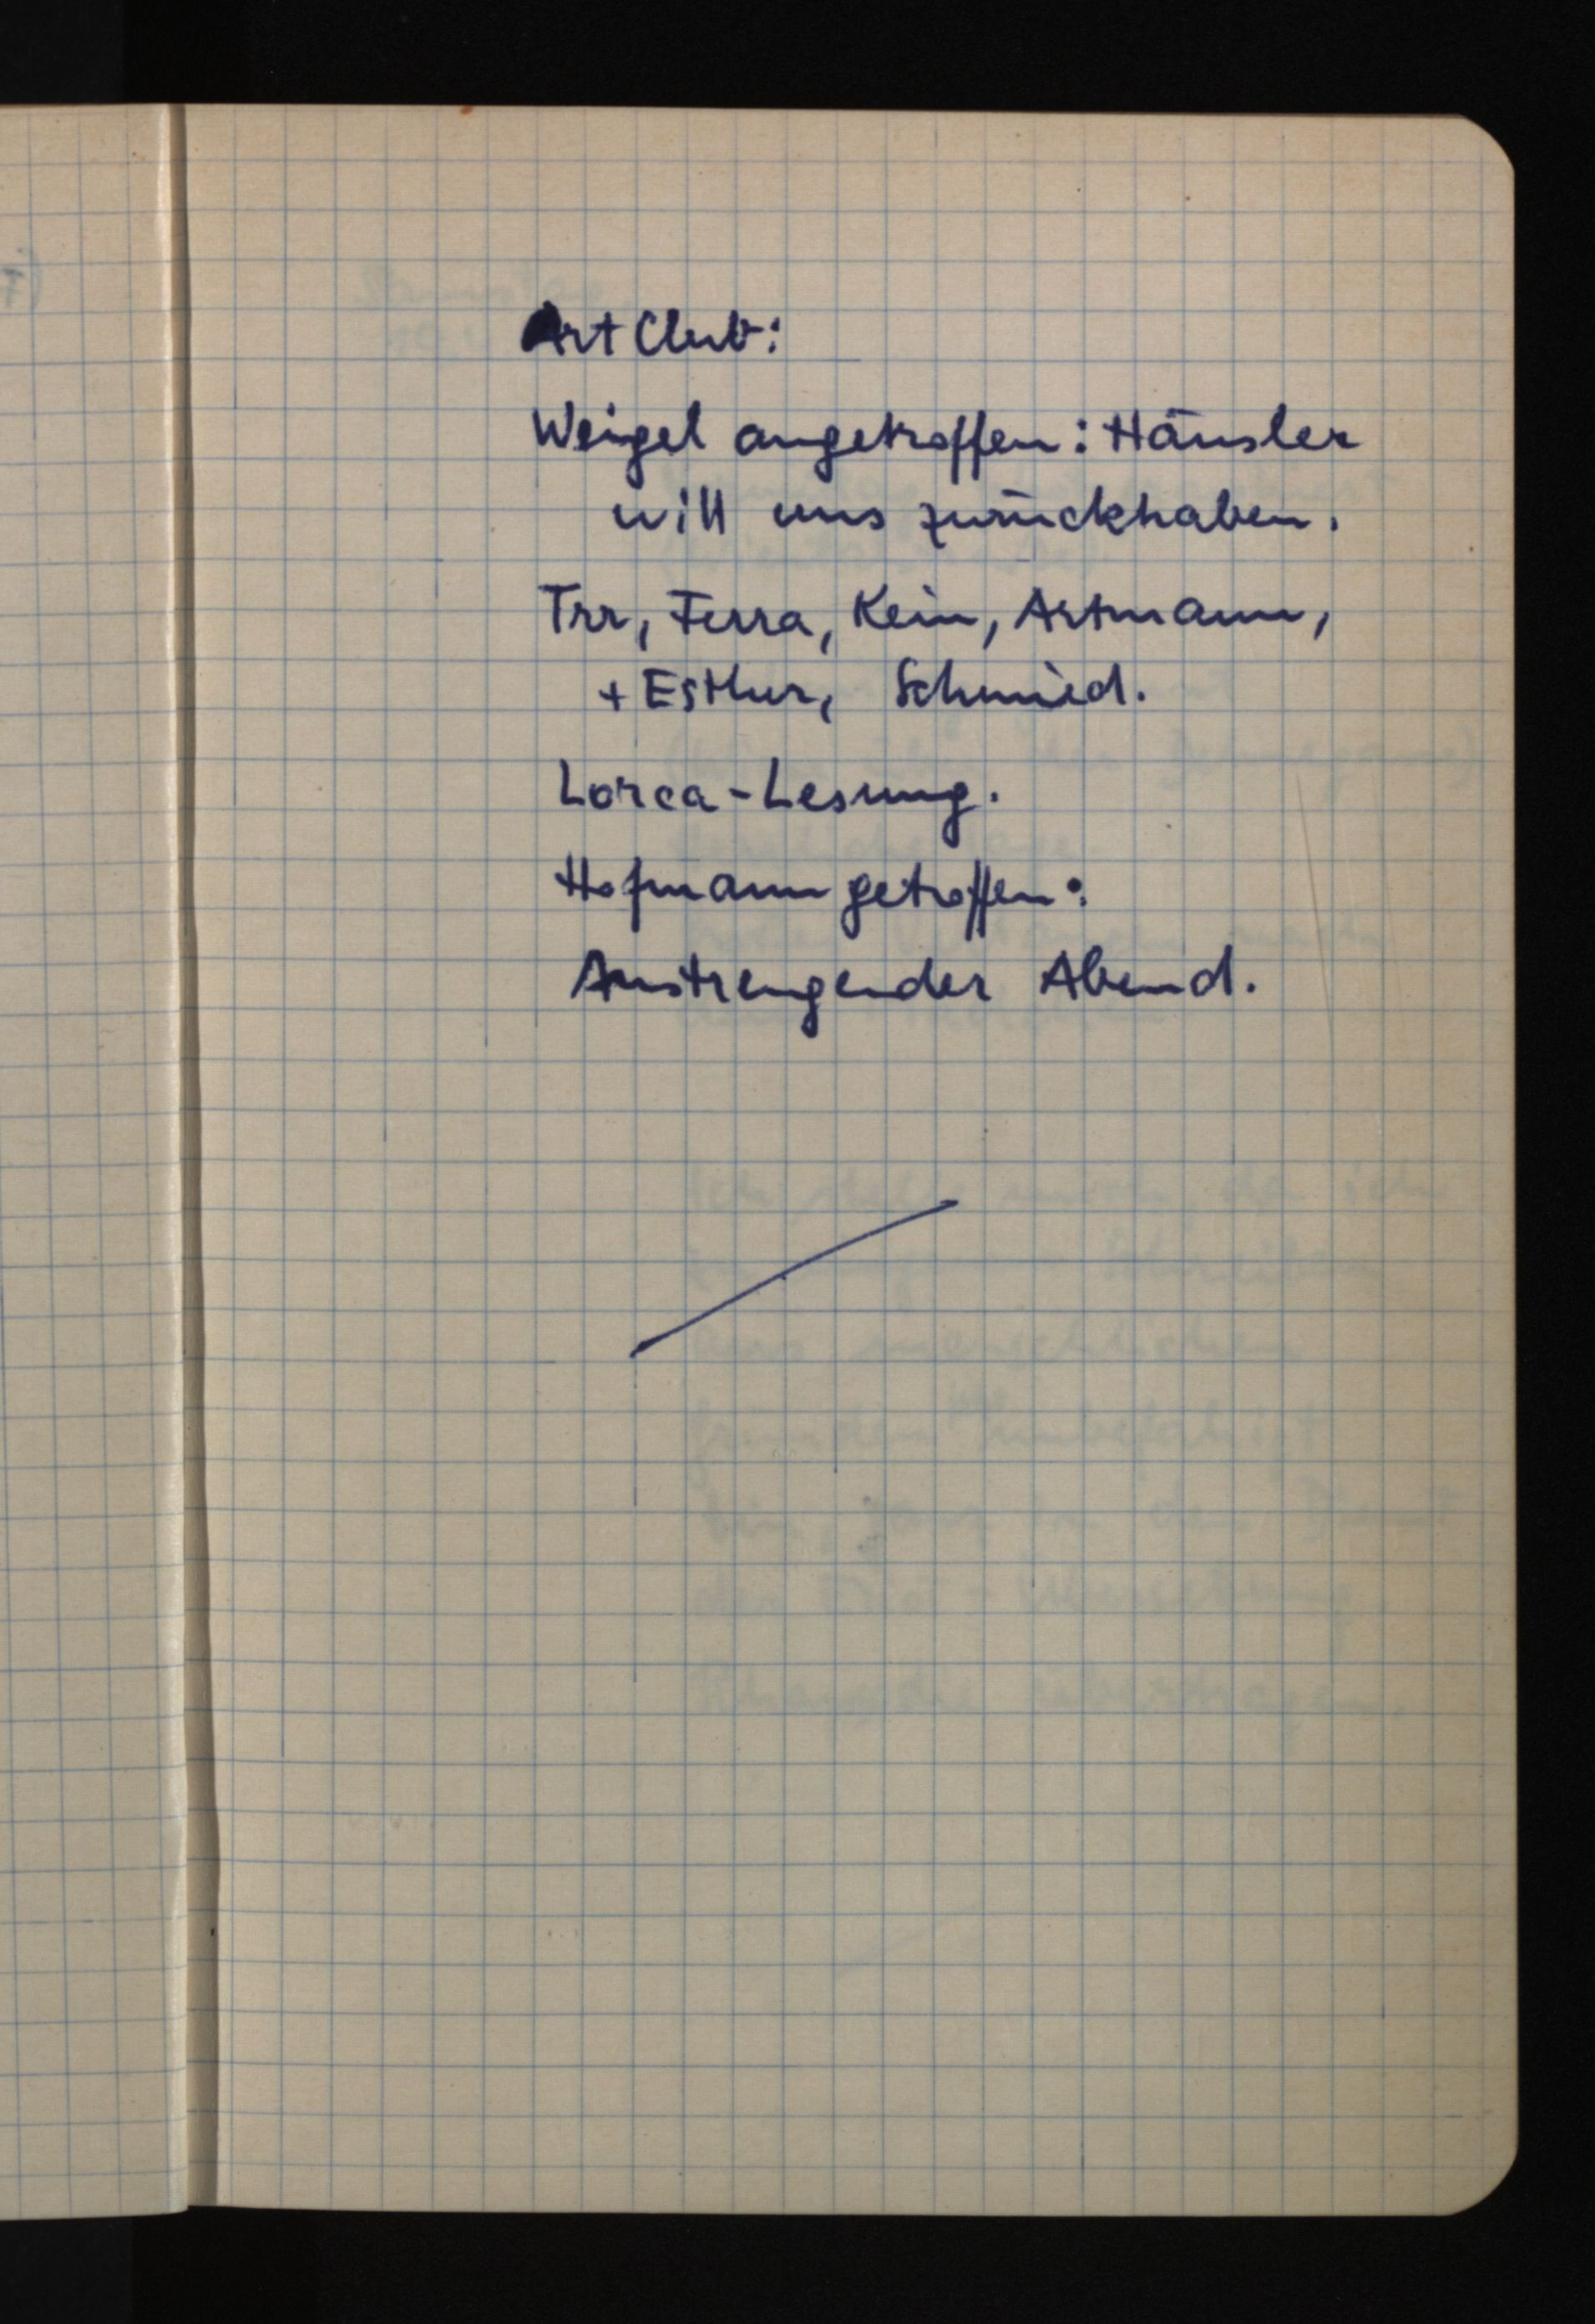
Art Club:
Weigel angetroffen: Häusler
will uns zurückhaben.
Trr, Ferra, Kein, Artmann,
+ Esther, Schmied.
Lorca-Lesung.
Hofmann getroffen:
Anstrengender Abend.